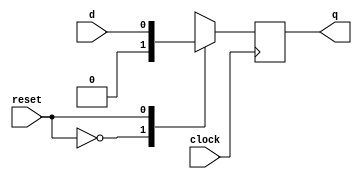
module dff_mux(input reset,input d,input clock,output reg q);
reg op;
  always@(*)
    begin
      case(reset)
        0: op=1'b0;
        1: op=d;
      endcase
    end
      always@(posedge clock)
      begin
       q<=op;
      end
 
 endmodule